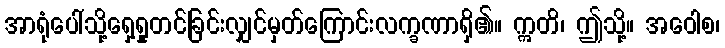
အာရုံပေါ်သို့ရှေ့ရှုတင်ခြင်းလျှင်မှတ်ကြောင်းလက္ခဏာရှိ၏။ ဣတိ၊ ဤသို့။ အဝေါစ၊